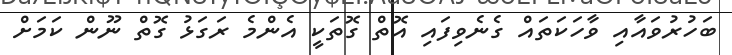
ބަހުރުވައާއި ވާހަކަތައް ގެނެވިފައި އޮތް ގޮތަކީ އެންމެ ރަގަޅު ގޮތް ނޫން ކަމަށް